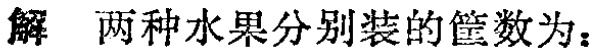
解 两种水果分别装的筐数为：